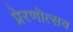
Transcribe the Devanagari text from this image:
प्रेरणोत्सव